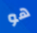
هو